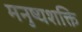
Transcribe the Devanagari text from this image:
मनुष्यशक्ति